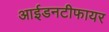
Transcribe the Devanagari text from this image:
आईडनटीफायर